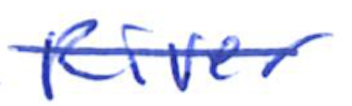
Text: River
Cross-out: single-line
Writing tool: ballpoint